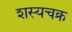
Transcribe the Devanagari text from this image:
शस्यचक्र